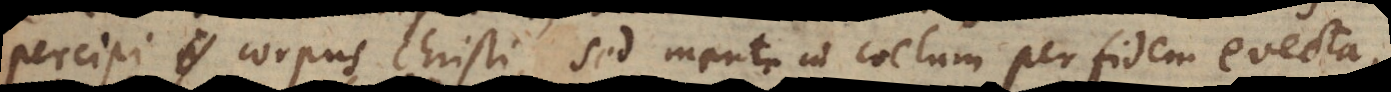
percipi corpus Christi, sed mente in coelum per fidem evecta,